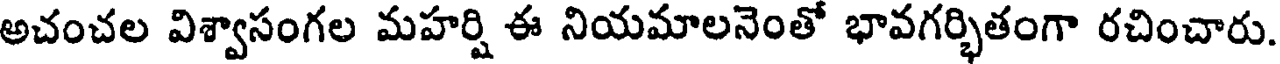
అచంచల విశ్వాసంగల మహర్షి ఈ నియమాలనెంతో భావగర్భితంగా రచించారు.